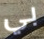
بي